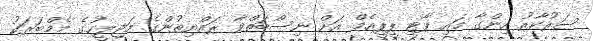
ސަރުކާރު ހިންގާ މައި ޕާޓީ ޕީޕީއެމް އަށް ނިސްބަތްވާ ރައްޔިތުންގެ މަޖިލީހުގެ މެމްބަރަކު